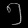
Digit: ၅